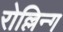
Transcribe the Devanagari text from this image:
रोल्लिन्ग